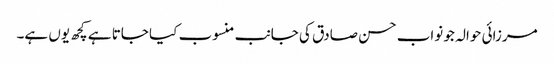
مرزائی حوالہ جو نواب حسن صادق کی جانب منسوب کیا جاتا ہے کچھ یوں ہے۔